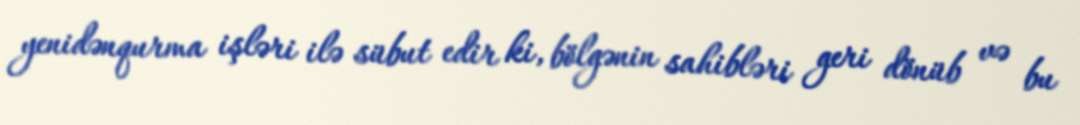
yenidənqurma işləri ilə sübut edir ki, bölgənin sahibləri geri dönüb və bu